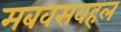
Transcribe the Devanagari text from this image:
मबवसवहल